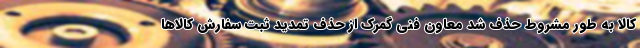
کالا به طور مشروط حذف شد معاون فنی گمرک از حذف تمدید ثبت سفارش کالاها